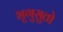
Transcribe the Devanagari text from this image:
भृगुसुतो